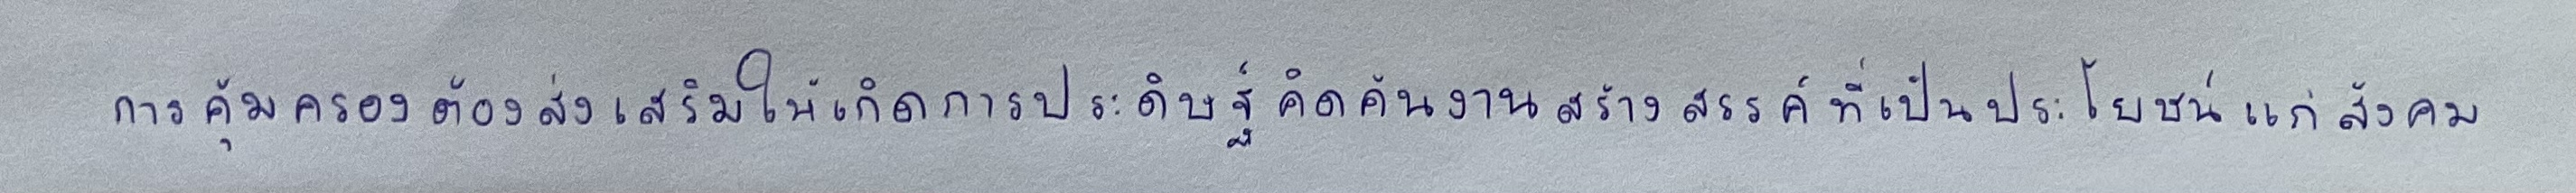
การคุ้มครองต้องส่งเสริมให้เกิดการประดิษฐ์คิดค้นงานสร้างสรรค์ที่เป็นประโยชน์แก่สังคม